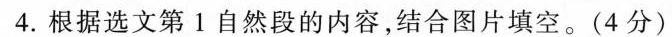
4.根据选文第Ⅰ自然段的内容，结合图片填空。(4分)